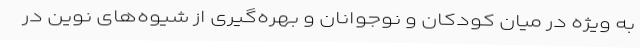
به ‌ویژه در میان کودکان و نوجوانان و بهره‌گیری از شیوه‌های نوین در